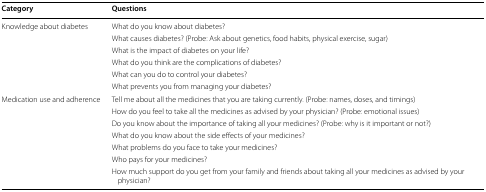
<table><thead><tr><td><b>Category</b></td><td><b>Questions</b></td></tr></thead><tbody><tr><td>Knowledge about diabetes</td><td>What do you know about diabetes?</td></tr><tr><td></td><td>What causes diabetes? (Probe: Ask about genetics, food habits, physical exercise, sugar)</td></tr><tr><td></td><td>What is the impact of diabetes on your life?</td></tr><tr><td></td><td>What do you think are the complications of diabetes?</td></tr><tr><td></td><td>What can you do to control your diabetes?</td></tr><tr><td></td><td>What prevents you from managing your diabetes?</td></tr><tr><td>Medication use and adherence</td><td>Tell me about all the medicines that you are taking currently. (Probe: names, doses, and timings)</td></tr><tr><td></td><td>How do you feel to take all the medicines as advised by your physician? (Probe: emotional issues)</td></tr><tr><td></td><td>Do you know about the importance of taking all your medicines? (Probe: why is it important or not?)</td></tr><tr><td></td><td>What do you know about the side effects of your medicines?</td></tr><tr><td></td><td>What problems do you face to take your medicines?</td></tr><tr><td></td><td>Who pays for your medicines?</td></tr><tr><td></td><td>How much support do you get from your family and friends about taking all your medicines as advised by your physician?</td></tr></tbody></table>